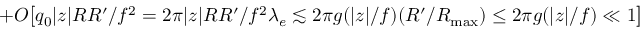
+ O \big [ q _ { 0 } | z | R R ^ { \prime } / f ^ { 2 } = 2 \pi | z | R R ^ { \prime } / f ^ { 2 } \lambda _ { e } \lesssim 2 \pi g ( | z | / f ) ( R ^ { \prime } / { R _ { \mathrm { m a x } } } ) \le 2 \pi g ( | z | / f ) \ll 1 \big ]